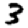
Digit: 3